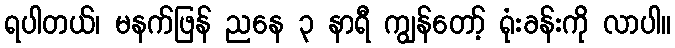
ရပါတယ်၊ မနက်ဖြန် ညနေ ၃ နာရီ ကျွန်တော့် ရုံးခန်းကို လာပါ။